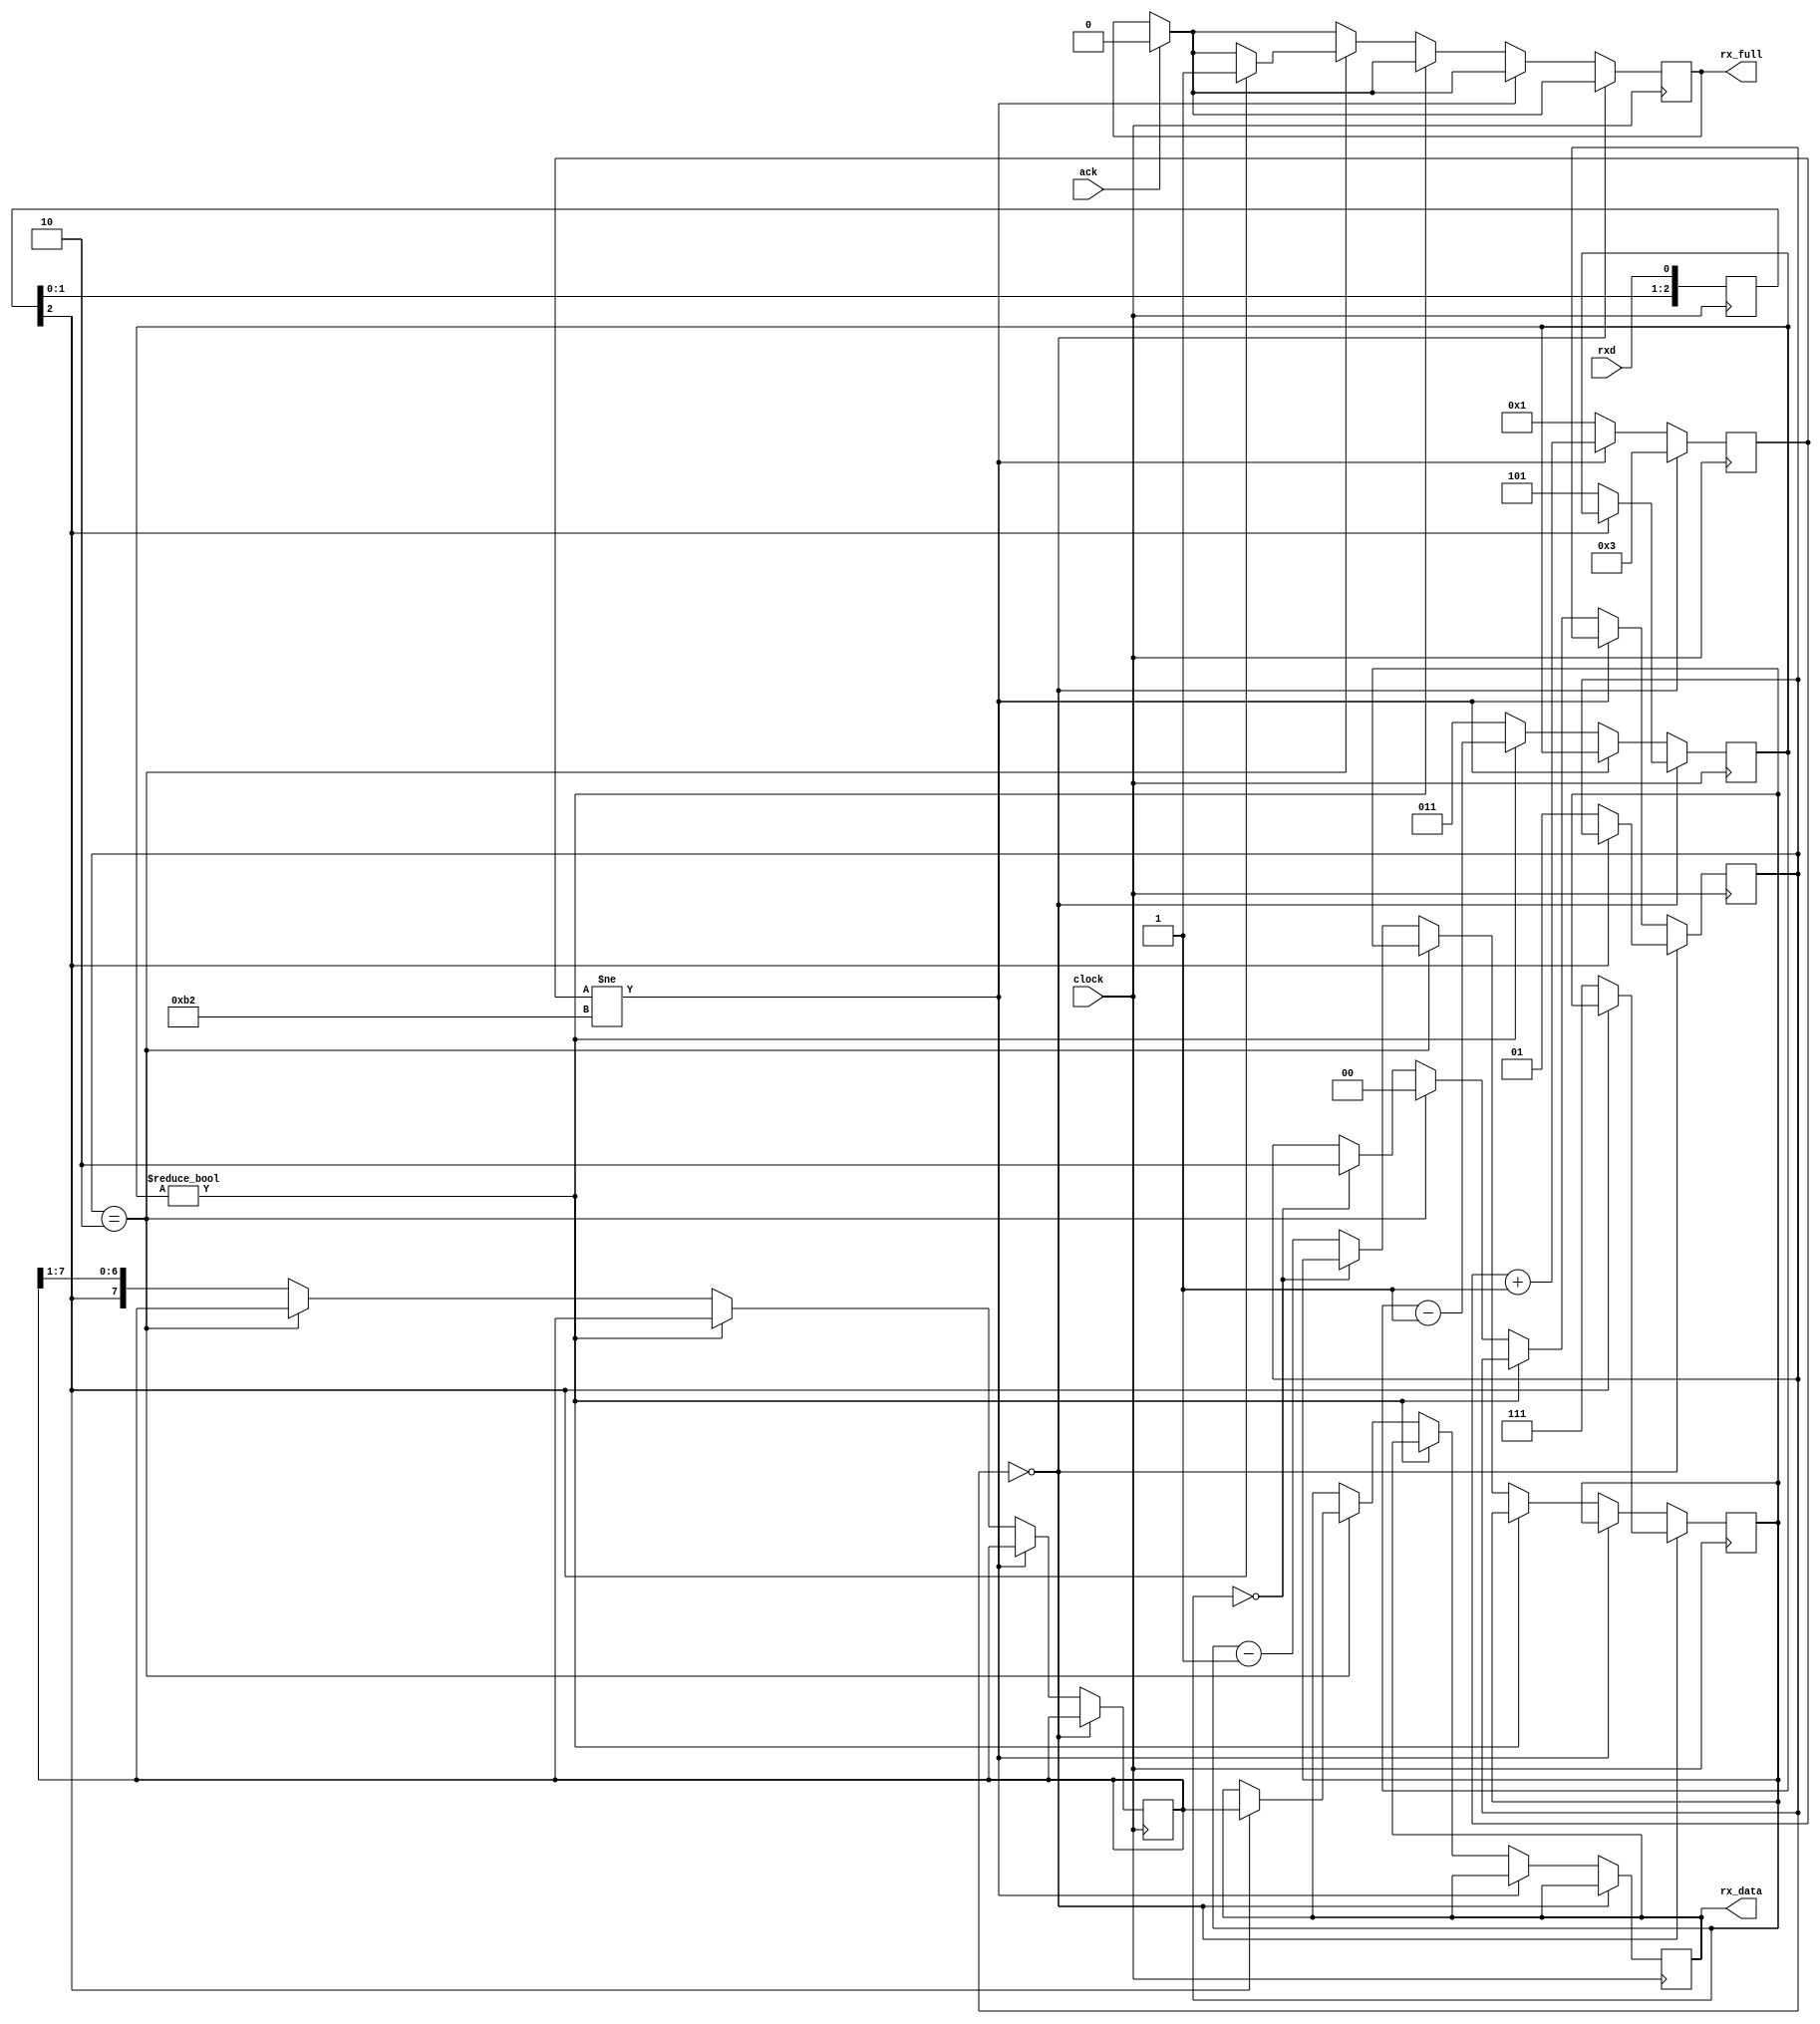
module uart_rx(
  input wire clock,           // main clock
  input wire rxd,             // rxd pin
  output reg [7:0] rx_data,  // received data output register
  output reg rx_full = 1'b0,  // '1' when rx_data is valid
  input wire ack              // pulse '1' to ack rx_data and allow a new byte
);
// clock divider to get baud rate x 4.  82M / 115.2k / 4 = 178, giving 115.169 kb/s
parameter divide_count = 178;
reg [9:0] divider = 0;  // 0-1023
// state machine
parameter IDLE = 0, READING = 1, STOP_BIT = 2;
reg [1:0] state = 0;
// input shift register
reg [7:0] shifter;
// how many bits to shift (0-7)
reg [2:0] shift_count;
// sync external rxd signal
reg [2:0] rxd_sync;
// timer to sample the bit right in the center (0-7)
reg [2:0] bit_timer;
always @(posedge clock) begin
  if (ack == 1'b1) begin
    rx_full <= 1'b0;
  end
  rxd_sync <= {rxd_sync[1:0], rxd};
  // divider divides clock down to the serial bit rate (x 4 for reception)
  if (state == IDLE) begin
    // hold divider
    divider = 3;
    // look for a falling edge on rxd
    if (rxd_sync[2] == 0) begin
      bit_timer <= 3'd5;
      state <= READING;
      shift_count <= 7;
    end
  end else begin  // READING or STOP_BIT state
    if (divider != divide_count) begin
      divider <= divider + 10'd1;
    end else begin
      // divider just hit its target -- reset it
      divider <= 1;
      if (bit_timer != 0) begin
        bit_timer <= bit_timer - 3'd1;
      end else begin
        // it's time to sample a bit on divider + bit_timer expiry
        // uart is little-endian, so we shift in from the left.
        if (state == STOP_BIT) begin
          if (rxd_sync[2] == 1'b1) begin
            rx_full <= 1'b1;
            rx_data <= shifter;
          end;
          state <= IDLE;
        end else begin
          shifter <= {rxd_sync[2], shifter[7:1]};
          if (shift_count == 0) begin
            state <= STOP_BIT;
          end else begin
            shift_count <= shift_count - 3'd1;
          end
        end
        bit_timer <= 3;
      end
    end
    if (divider == 0) begin
    end
  end
end
endmodule